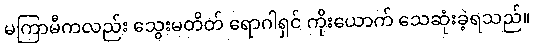
မကြာမီကလည်း သွေးမတိတ် ရောဂါရှင် ကိုးယောက် သေဆုံးခဲ့ရသည်။